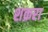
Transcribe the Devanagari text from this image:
शक्ररा